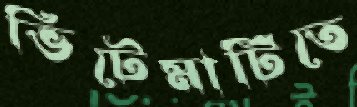
ভিটেমাটিতে